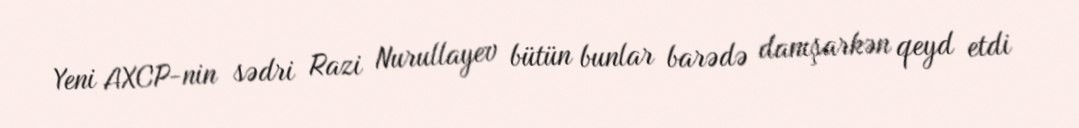
Yeni AXCP-nin sədri Razi Nurullayev bütün bunlar barədə danışarkən qeyd etdi